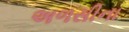
અળસીના